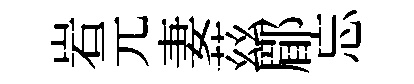
岩元妻茲郿忘